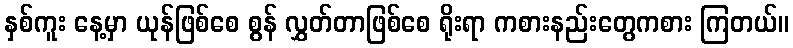
နှစ်ကူး နေ့မှာ ယုန်ဖြစ်စေ စွန် လွှတ်တာဖြစ်စေ ရိုးရာ ကစားနည်းတွေကစား ကြတယ်။